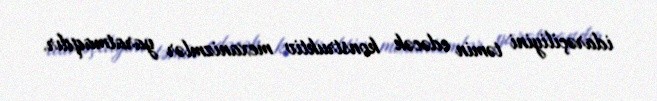
idarəçiliyini təmin edəcək konstruktiv mexanizmlər yaratmaqdır.